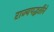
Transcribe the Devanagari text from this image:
राज्यपद्धतीने